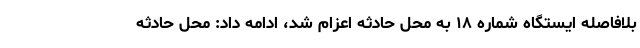
بلافاصله ایستگاه شماره ۱۸ به محل حادثه اعزام شد، ادامه داد: محل حادثه